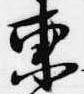
東